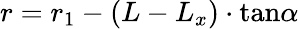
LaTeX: r=r_{1}-(L-L_{x})\cdot\mathrm{tan}\alpha